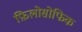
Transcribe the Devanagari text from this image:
फ़िलोसोफिक